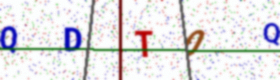
Text: QDT0Q